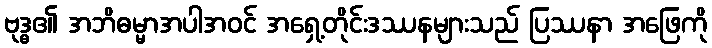
ဗုဒ္ဓ၏ အဘိဓမ္မာအပါအဝင် အရှေ့တိုင်းဒဿနများသည် ပြဿနာ အဖြေကို